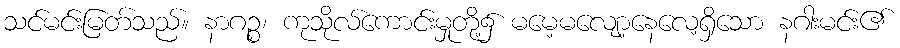
သင်မင်းမြတ်သည်။ နာဂဉ္စ၊ ကုသိုလ်ကောင်းမှုတို့၌ မမေ့မလျော့နေလေ့ရှိသော နဂါးမင်း၏